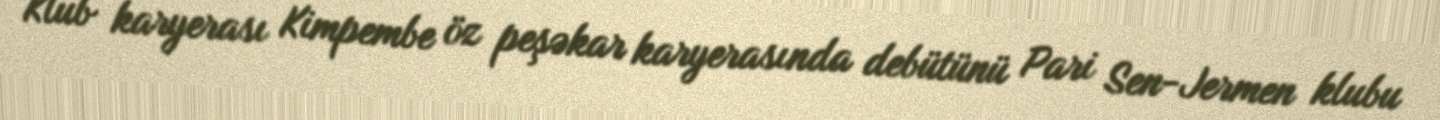
Klub karyerası Kimpembe öz peşəkar karyerasında debütünü Pari Sen-Jermen klubu